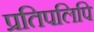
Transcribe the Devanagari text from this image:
प्रतिपलिपि